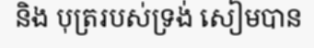
និង បុត្ររបស់ទ្រង់ សៀមបាន